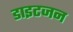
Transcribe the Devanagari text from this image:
डाइटजन